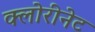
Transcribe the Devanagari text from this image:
क्लोरीनेट